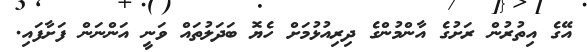
އޭގެ އިތުރުން ރަށުގެ އާންމުންގެ ދިރިއުޅުމަށް ހެޔޮ ބަދަލުތައް ވަނީ އަންނަން ފަށާފައި.